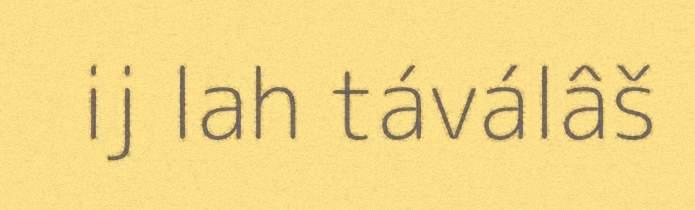
ij lah táválâš